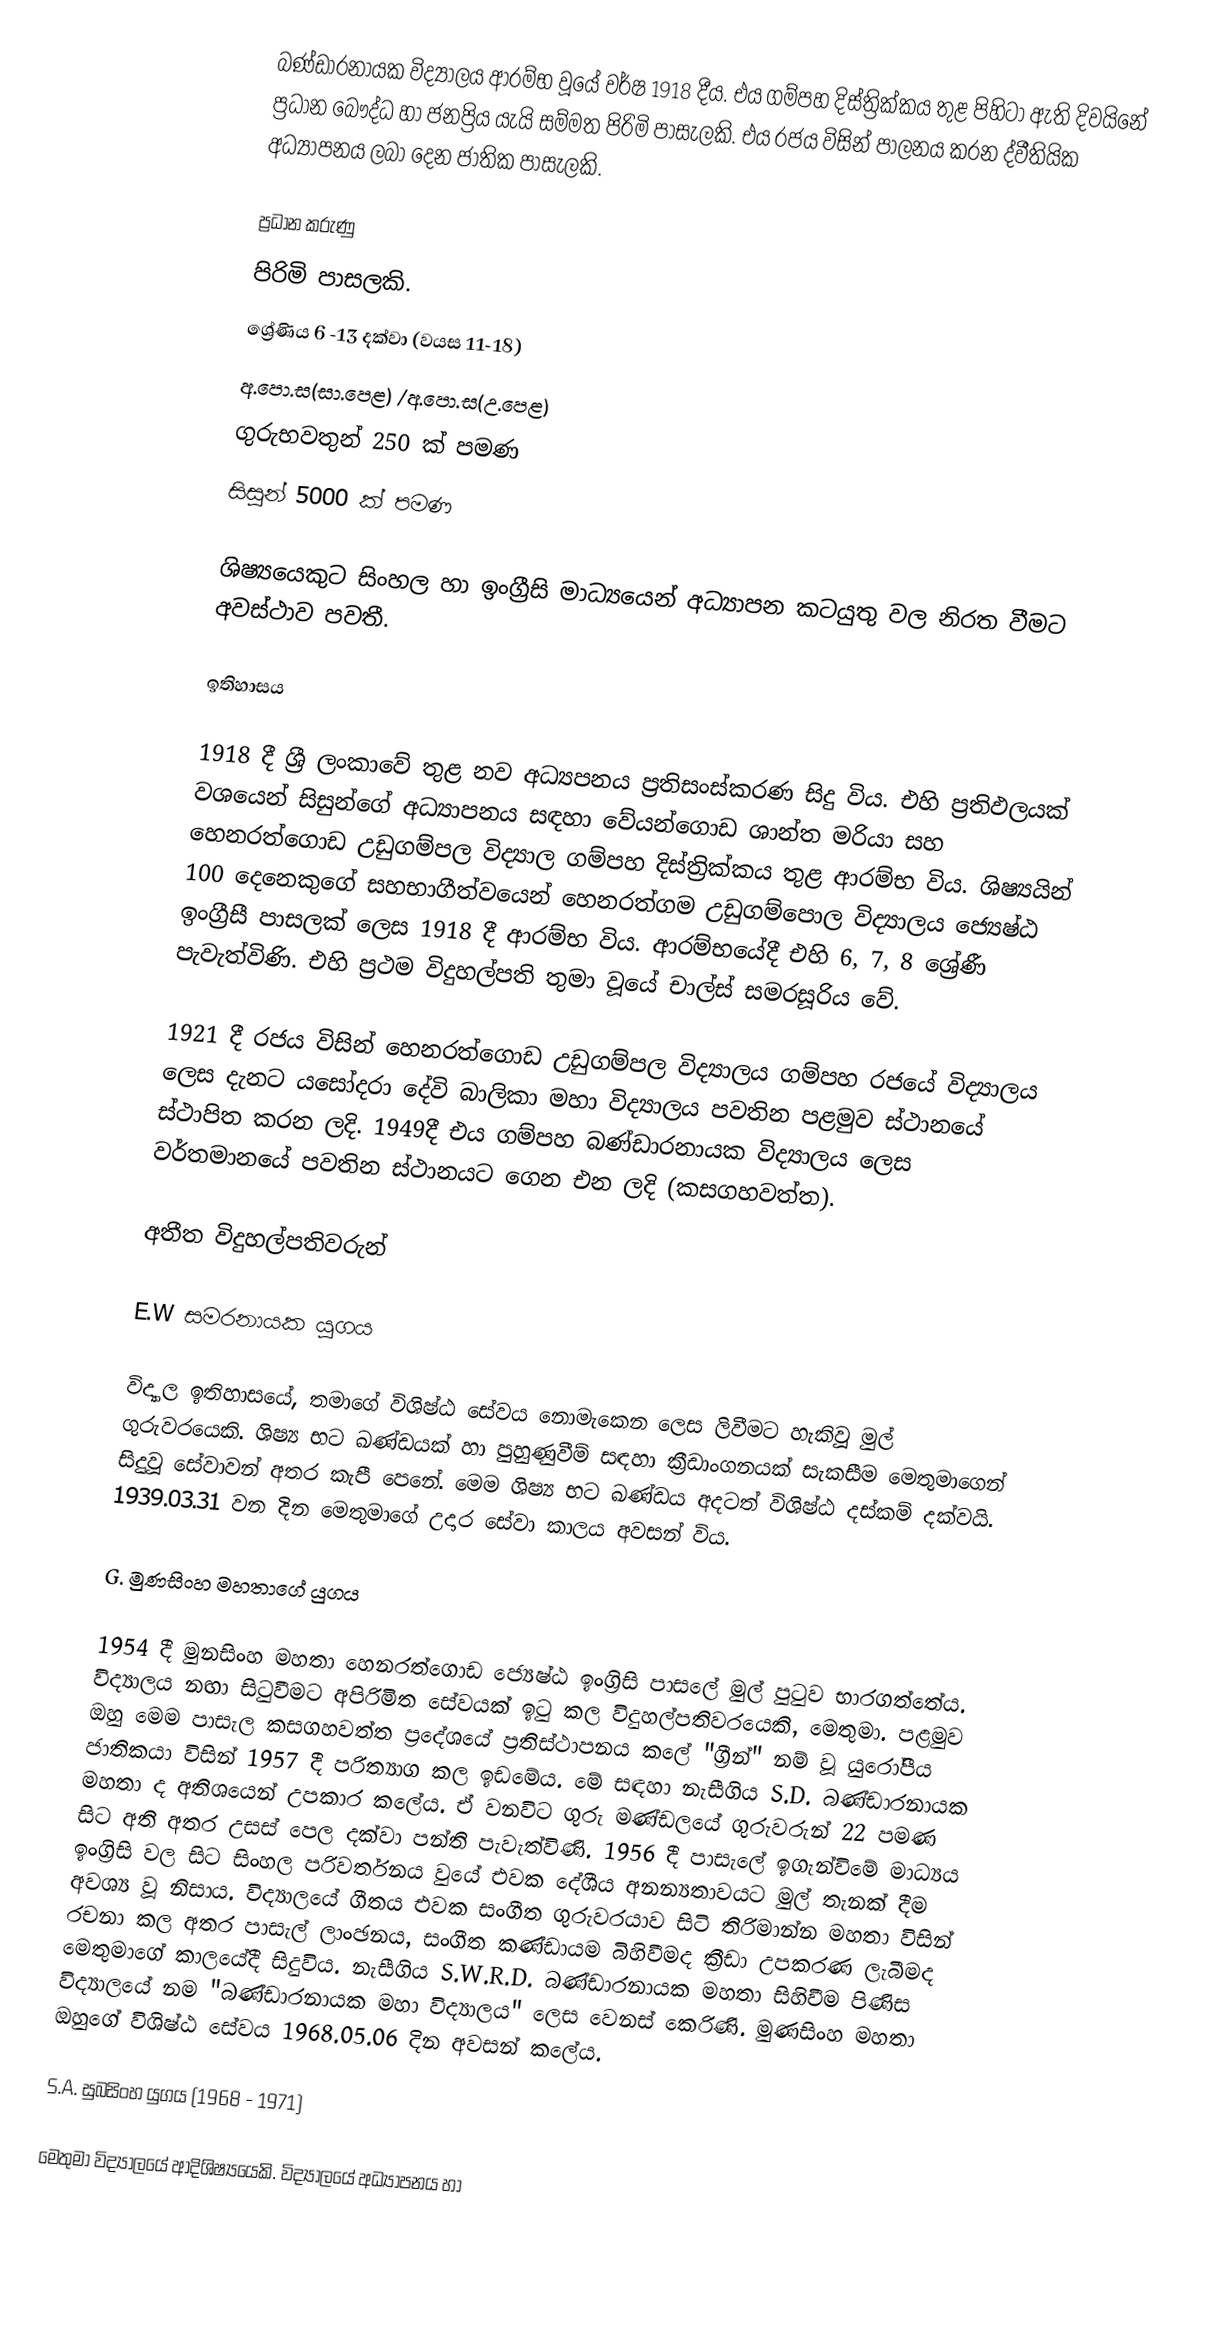
බණ්ඩාරනායක විද්‍යාලය ආරම්භ වූයේ වර්ෂ 1918 දීය. එය ගම්පහ දිස්ත්‍රික්කය තුළ පිහිටා ඇති දිවයිනේ ප්‍රධාන බෞද්ධ හා ජනප්‍රිය යැයි සම්මත පිරිමි පාසැලකි. එය රජය විසින් පාලනය කරන ද්වීතියික අධ්‍යාපනය ලබා දෙන ජාතික පාසැලකි.

ප්‍රධාන කරුණු
පිරිමි  පාසලකි.
ශ්‍රේණිය 6 -13 දක්වා (වයස 11-18)
අ.පො.ස(සා.පෙළ) /අ.පො.ස(උ.පෙළ)
ගුරුභවතුන් 250 ක් පමණ
සිසුන් 5000 ක් පමණ

ශිෂ්‍යයෙකුට සිංහල හා ඉංග්‍රීසි මාධ්‍යයෙන් අධ්‍යාපන කටයුතු වල නිරත වීමට අවස්ථාව පවතී.

ඉතිහාසය

1918 දී ශ්‍රී ලංකාවේ තුළ නව අධ්‍යපනය ප්‍රතිසංස්කරණ සිදු විය. එහි ප්‍රතිඵලයක් වශයෙන් සිසුන්ගේ අධ්‍යාපනය සඳහා වේයන්ගොඩ ශාන්ත මරියා සහ හෙනරත්ගොඩ උඩුගම්පල විද්‍යාල ගම්පහ දිස්ත්‍රික්කය තුළ ආරම්භ විය. ශිෂ්‍යයින් 100 දෙනෙකුගේ සහභාගීත්වයෙන් හෙනරත්ගම උඩුගම්පොල විද්‍යාලය ජ්‍යෙෂ්ඨ ඉංග්‍රීසී පාසලක් ලෙස 1918 දී ආරම්භ විය. ආරම්භයේදී එහි 6, 7, 8 ශ්‍රේණී පැවැත්විණි. එහි ප්‍රථම විදුහල්පති තුමා වූයේ චාල්ස් සමරසූරිය වේ.

1921 දී රජය විසින් හෙනරත්ගොඩ උඩුගම්පල විද්‍යාලය ගම්පහ රජයේ විද්‍යාලය ලෙස දැනට යසෝදරා දේවි බාලිකා මහා විද්‍යාලය පවතින පළමුව ස්ථානයේ ස්ථාපිත කරන ලදි. 1949දී එය ගම්පහ බණ්ඩාරනායක විද්‍යාලය ලෙස වර්තමානයේ පවතින ස්ථානයට ගෙන එන ලදි (කසගහවත්ත).

අතීත විදුහල්පතිවරුන්

E.W සමරනායක  යුගය

විද්‍යාල ඉතිහාසයේ, තමාගේ විශිෂ්ඨ සේවය නොමැකෙන ලෙස ලිවීමට හැකිවූ මුල් ගුරුවරයෙකි. ශිෂ්‍ය භට ඛණ්ඩයක් හා පුහුණුවීම් සඳහා ක්‍රීඩාංගනයක් සැකසීම මෙතුමාගෙන් සිදුවූ සේවාවන් අතර කැපී පෙනේ. මෙම ශිෂ්‍ය භට ඛණ්ඩය අදටත් විශිෂ්ඨ දස්කම් දක්වයි. 1939.03.31 වන දින මෙතුමාගේ උදාර සේවා කාලය අවසන් විය.

G. මුණසිංහ මහතාගේ යුගය

1954 දී මුනසිංහ මහතා හෙනරත්ගොඩ ජ්‍යෙෂ්ඨ ඉංග්‍රිසි පාසලේ මුල් පුටුව භාරගත්තේය. විද්‍යාලය නඟා සිටුවීමට අපිරිමිත සේවයක් ඉටු කල විදුහල්පතිවරයෙකි, මෙතුමා. පළමුව ඔහු මෙම පාසැල කසගහවත්ත ප්‍රදේශයේ ප්‍රතිස්ථාපනය කලේ "ග්‍රීන්" නම් වූ යුරෝපීය ජාතිකයා විසින් 1957 දී පරිත්‍යාග කල ඉඩමේය. මේ සඳහා නැසීගිය S.D. බණ්ඩාරනායක මහතා ද අතිශයෙන් උපකාර කලේය. ඒ වනවිට ගුරු මණ්ඩලයේ ගුරුවරුන් 22 පමණ සිට අති අතර උසස් පෙල දක්වා පන්ති පැවැත්විණි. 1956 දී පාසැලේ ඉගැන්විමේ මාධ්‍යය ඉංග්‍රිසි වල සිට සිංහල පරිවර්තනය වුයේ එවක දේශීය අනන්‍යතාවයට මුල් තැනක් දීම අවශ්‍ය වූ නිසාය. විද්‍යාලයේ ගීතය එවක සංගීත ගුරුවරයාව සිටි තිරිමාන්න මහතා විසින් රචනා කල අතර පාසැල් ලාංඡනය, සංගීත කණ්ඩායම බිහිවීමද ක්‍රීඩා උපකරණ ලැබීමද මෙතුමාගේ කාලයේදී සිදුවිය. නැසීගිය S.W.R.D. බණ්ඩාරනායක මහතා සිහිවීම පිණිස විද්‍යාලයේ නම "බණ්ඩාරනායක මහා විද්‍යාලය" ලෙස වෙනස් කෙරිණි. මුණසිංහ මහතා ඔහුගේ විශිෂ්ඨ සේවය 1968.05.06 දින අවසන් කලේය.

S.A. සුබසිංහ යුගය (1968 - 1971)

මෙතුමා විද්‍යාලයේ ආදිශිෂ්‍යයෙකි. විද්‍යාලයේ අධ්‍යාපනය හා